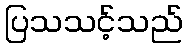
ပြသသင့်သည်